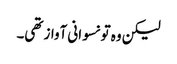
لیکن وہ تو نسوانی آواز تھی۔